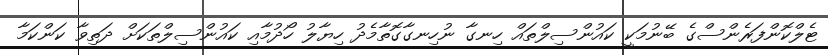
ޓެލްކޮންފަރެންސްގެ ބޭނުމަކީ ކައުންސިލްތައް ހިނގާ ނުހިނގާގޮތާމެދު ހިޔާލު ހޯދުމާއި ކައުންސިލްތަކަށް ދަތިވާ ކަންކަމާ